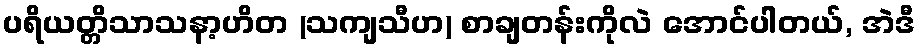
ပရိယတ္တိသာသနာ့ဟိတ (သကျသီဟ) စာချတန်းကိုလဲ အောင်ပါတယ်, အဲဒီ